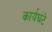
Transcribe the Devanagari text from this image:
कार्यघंटे